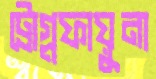
ট্রোগ্লফায়ুনা